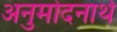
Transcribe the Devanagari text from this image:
अनुमोदनार्थ